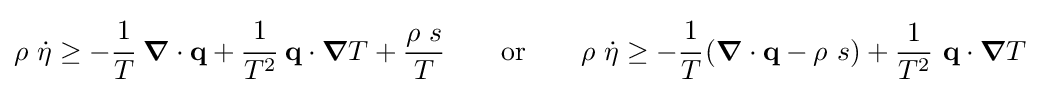
\rho ~{\dot {\eta }}\geq -{\cfrac {1}{T}}~{\boldsymbol {\nabla }}\cdot \mathbf {q} +{\cfrac {1}{T^{2}}}~\mathbf {q} \cdot {\boldsymbol {\nabla }}T+{\frac {\rho ~s}{T}}\qquad {\text{or}}\qquad \rho ~{\dot {\eta }}\geq -{\cfrac {1}{T}}\left({\boldsymbol {\nabla }}\cdot \mathbf {q} -\rho ~s\right)+{\frac {1}{T^{2}}}~\mathbf {q} \cdot {\boldsymbol {\nabla }}T